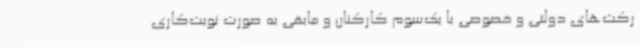
رکت‌های دولتی و خصوصی با یک‌سوم کارکنان و مابقی به صورت نوبت‌کاری